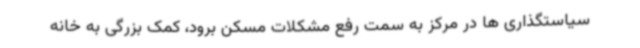
سیاستگذاری ها در مرکز به سمت رفع مشکلات مسکن برود، کمک بزرگی به خانه